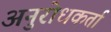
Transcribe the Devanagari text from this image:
अनुरोधकर्ता